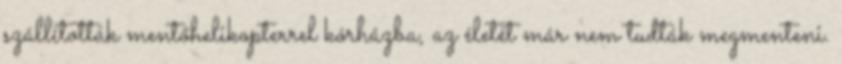
szállították mentőhelikopterrel kórházba, az életét már nem tudták megmenteni.